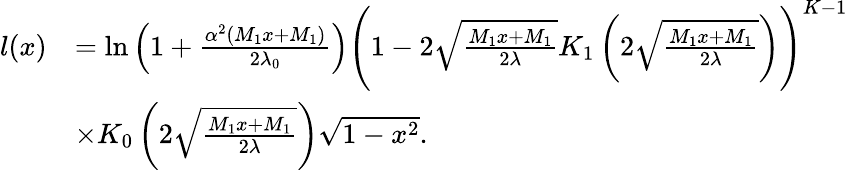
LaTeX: \begin{array}{rl}{l(x)}&{=\mathrm{ln}\left(1+\frac{\alpha^{2}\left(M_{1}x+M_{1}\right)}{2\lambda_{0}}\right)\Bigg(1-2\sqrt{\frac{M_{1}x+M_{1}}{2\lambda}}K_{1}\left(2\sqrt{\frac{M_{1}x+M_{1}}{2\lambda}}\right)\Bigg)^{K-1}}\\ &{\times K_{0}\left(2\sqrt{\frac{M_{1}x+M_{1}}{2\lambda}}\right)\sqrt{1-x^{2}}.}\end{array}